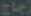
زجاج